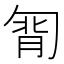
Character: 㔨